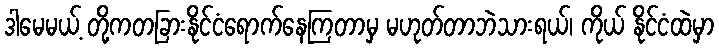
ဒါမေမယ့် တို့ကတခြားနိုင်ငံရောက်နေကြတာမှ မဟုတ်တာဘဲသားရယ်၊ ကိုယ် နိုင်ငံထဲမှာ